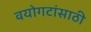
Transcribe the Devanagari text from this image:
वयोगटांसाठी